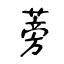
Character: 蒡